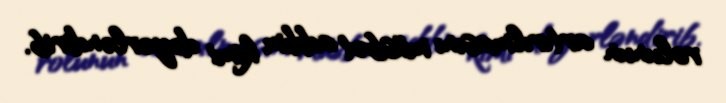
rolunun artırılmasını müsbət addım kimi dəyərləndirib.